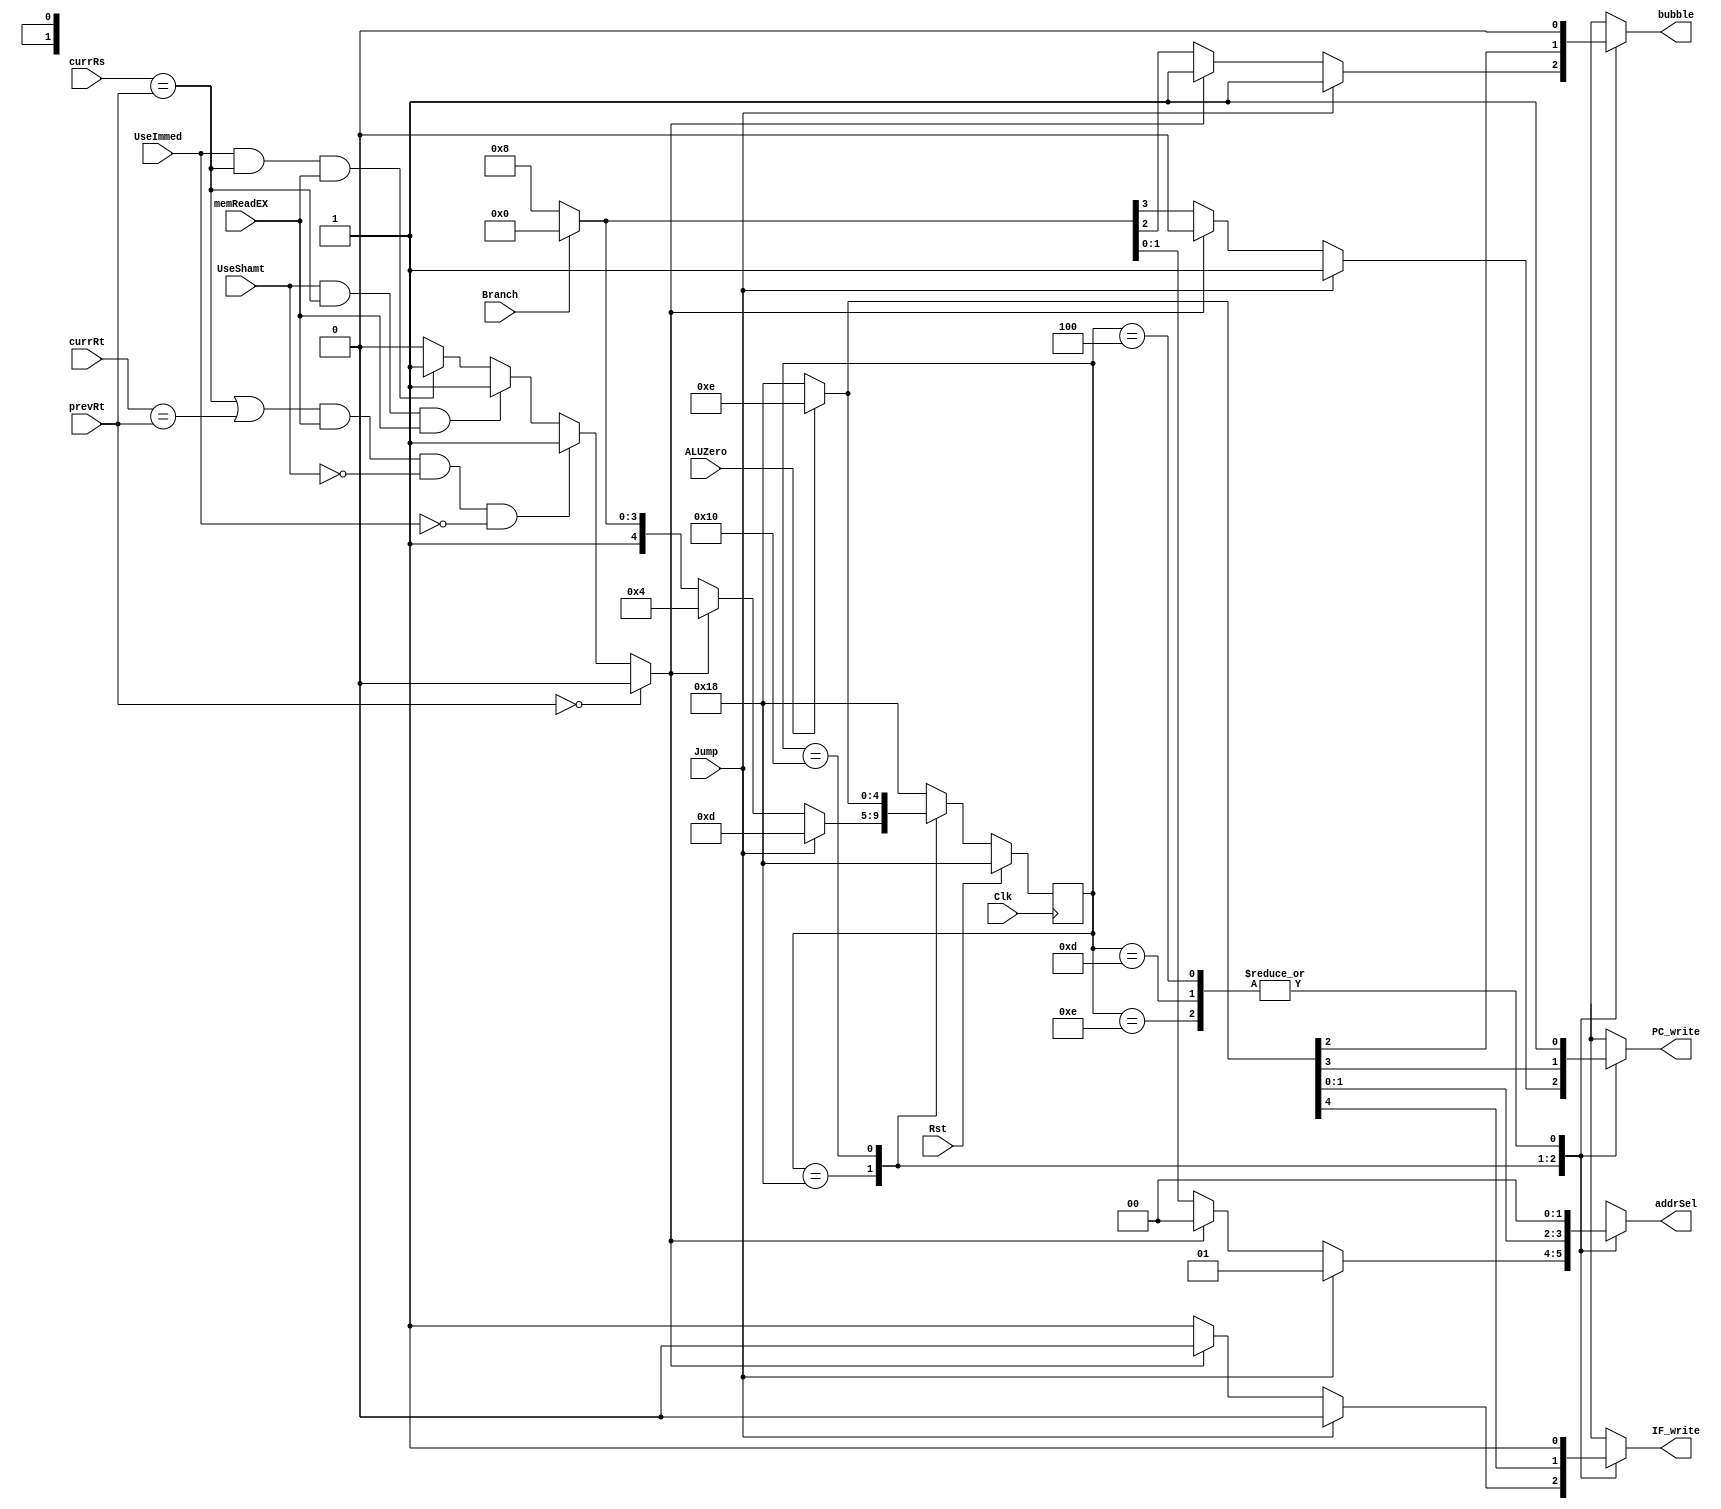
`timescale 1ns / 1ps
//////////////////////////////////////////////////////////////////////////////////
// Company: 
// Engineer: 
// 
// Design Name: 
// Module Name: HazardUnit
// Project Name: 
// Target Devices: 
// Tool Versions: 
// Description: 
// 
// Dependencies: 
// 
// Revision:
// Revision 0.01 - File Created
// Additional Comments:
// 
//////////////////////////////////////////////////////////////////////////////////

//state  = {IF_write, PC_write, bubble, [1:0] addrSel}
//AddrSel 0 - PC+4, 1 - Jump target, 2 - Branch target
`define defaultState    5'b11000
`define hazardState     5'b00100
`define jumpState       5'b01101
`define branchState0    5'b10000
`define branchState1    5'b01110          //No branch - Condition not zero

module HazardUnit(IF_write, PC_write, bubble, addrSel, Jump, Branch, ALUZero, memReadEX, currRs, currRt, prevRt, UseShamt, UseImmed, Clk, Rst);
output reg IF_write, PC_write, bubble;
output reg [1:0] addrSel;
input Jump, Branch, ALUZero, memReadEX, Clk, Rst;
input UseShamt, UseImmed;
input [4:0] currRs, currRt, prevRt;

reg LdHazard;
reg [4:0] state, nextState;

//Load hazard detection logic - generate the Ldhazard signal
always @* begin
    if(prevRt == 0) LdHazard = 1'b0; 
    else if( (currRs == prevRt || currRt == prevRt) && memReadEX == 1'b1 && UseShamt ==0 && UseImmed == 0) LdHazard = 1'b1;
    else if(UseShamt == 1 && currRs == prevRt && memReadEX == 1'b1) LdHazard = 1'b1;
    else if(UseImmed == 1 && currRs == prevRt && memReadEX == 1'b1) LdHazard = 1'b1;
    else LdHazard = 1'b0; 
end

//Change state on each clock
always @(negedge Clk) begin
    if(Rst) state <= `defaultState;
    else state <= nextState;
end

//Combinational part of the state machine
//Sets new state based on old state and other inputs
always @(LdHazard, Jump, Branch, ALUZero, state) begin
    case(state)
        `defaultState: begin
            if(Jump == 1'b1) begin
                nextState = `jumpState;
                {IF_write, PC_write, bubble, addrSel} = `jumpState;
            end
            else if(LdHazard == 1'b1) begin
                nextState = `hazardState;   //Go to hazard state
                {IF_write, PC_write, bubble, addrSel} = `hazardState;
            end
            else if(Branch == 1'b1) begin   //Branch - go to branch state
                nextState = `branchState0;
                {IF_write, PC_write, bubble, addrSel} = `branchState0;  
            end
            else begin                      //Remain in normal state
                nextState = `defaultState;
                {IF_write, PC_write, bubble, addrSel} = `defaultState;  
            end
        end
        `branchState0: begin    
            if(ALUZero == 1'b1) begin       //Go to branch taken state based on ALU zero value
                nextState = `branchState1;
                {IF_write, PC_write, bubble, addrSel} = `branchState1;
            end
            else begin 
                nextState = `defaultState;  //Back to default state
                {IF_write, PC_write, bubble, addrSel} = `defaultState; 
            end
        end
        `branchState1: begin            //Back to default state
            nextState = `defaultState;
            {IF_write, PC_write, bubble, addrSel} = `defaultState;
         end
        `jumpState: begin               //Back to default state
             nextState = `defaultState;
            {IF_write, PC_write, bubble, addrSel} = `defaultState; 
        end
        `hazardState: begin             //Back to default state
             nextState = `defaultState;
            {IF_write, PC_write, bubble, addrSel} = `defaultState;
        end
        default: begin
            nextState = `defaultState;
            IF_write = 1'bx;
            PC_write = 1'bx;
            bubble = 1'bx;
            addrSel = 2'bx;
        end  
    endcase
end
        
endmodule